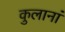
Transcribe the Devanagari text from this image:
कुलानां